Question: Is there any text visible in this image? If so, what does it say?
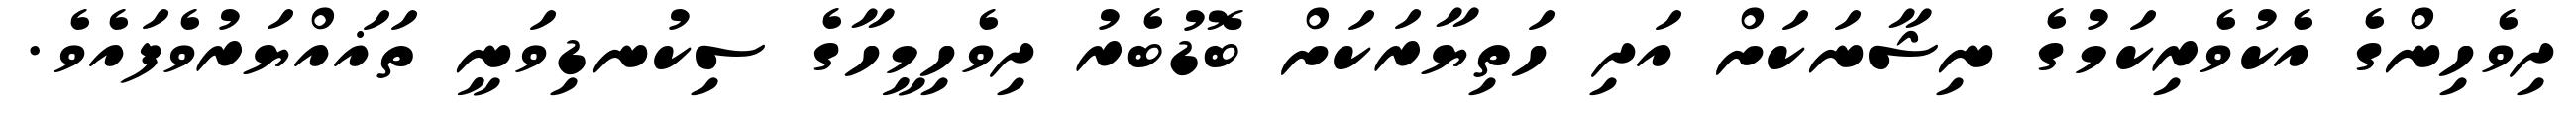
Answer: ދިވެހިންގެ އެކުވެރިކަމުގެ ނިޝާނަކަށް އަދި ހަތިޔާރަކަށް ބޮޑުބެރު ދިވެހިމީހާގެ ސިކުނޑިވަނީ ތަޣައްޔަރުވެފައެވެ.